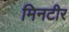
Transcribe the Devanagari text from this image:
मिनटीर